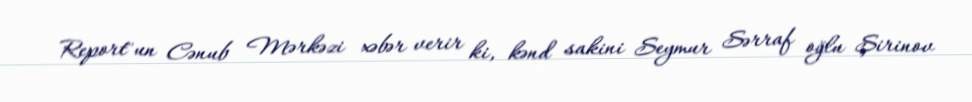
Report"un Cənub Mərkəzi xəbər verir ki, kənd sakini Seymur Sərraf oğlu Şirinov